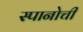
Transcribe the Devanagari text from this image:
स्पानोची